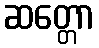
ဆတ္တော